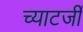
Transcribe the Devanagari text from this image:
च्याटर्जी